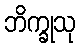
ဘိက္ခုသု